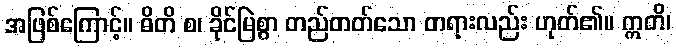
အဖြစ်ကြောင့်။ ဓိတိ စ၊ ခိုင်မြဲစွာ တည်တတ်သော တရားလည်း ဟုတ်၏။ ဣတိ၊